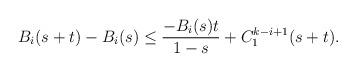
LaTeX: \begin{align*}B_i(s+t)-B_i(s)\le \frac{-B_i(s)t}{1-s}+C^{k-i+1}_1(s+t).\end{align*}